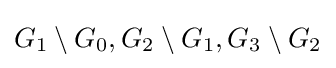
G_{1}\setminus G_{0},G_{2}\setminus G_{1},G_{3}\setminus G_{2}